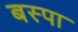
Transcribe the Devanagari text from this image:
बस्‍पा